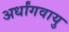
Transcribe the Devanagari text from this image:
अर्धांगवायु